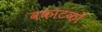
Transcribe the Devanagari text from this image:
वकाटकों